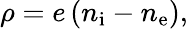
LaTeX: \rho=e\left(n_{\mathrm{i}}-n_{\mathrm{e}}\right),